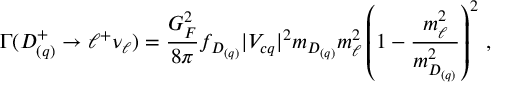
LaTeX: \Gamma ( D _ { ( q ) } ^ { + } \to \ell ^ { + } \nu _ { \ell } ) = { \frac { G _ { F } ^ { 2 } } { 8 \pi } } f _ { D _ { ( q ) } } | V _ { c q } | ^ { 2 } m _ { D _ { ( q ) } } m _ { \ell } ^ { 2 } \left( 1 - { \frac { m _ { \ell } ^ { 2 } } { m _ { D _ { ( q ) } } ^ { 2 } } } \right) ^ { 2 } \, ,